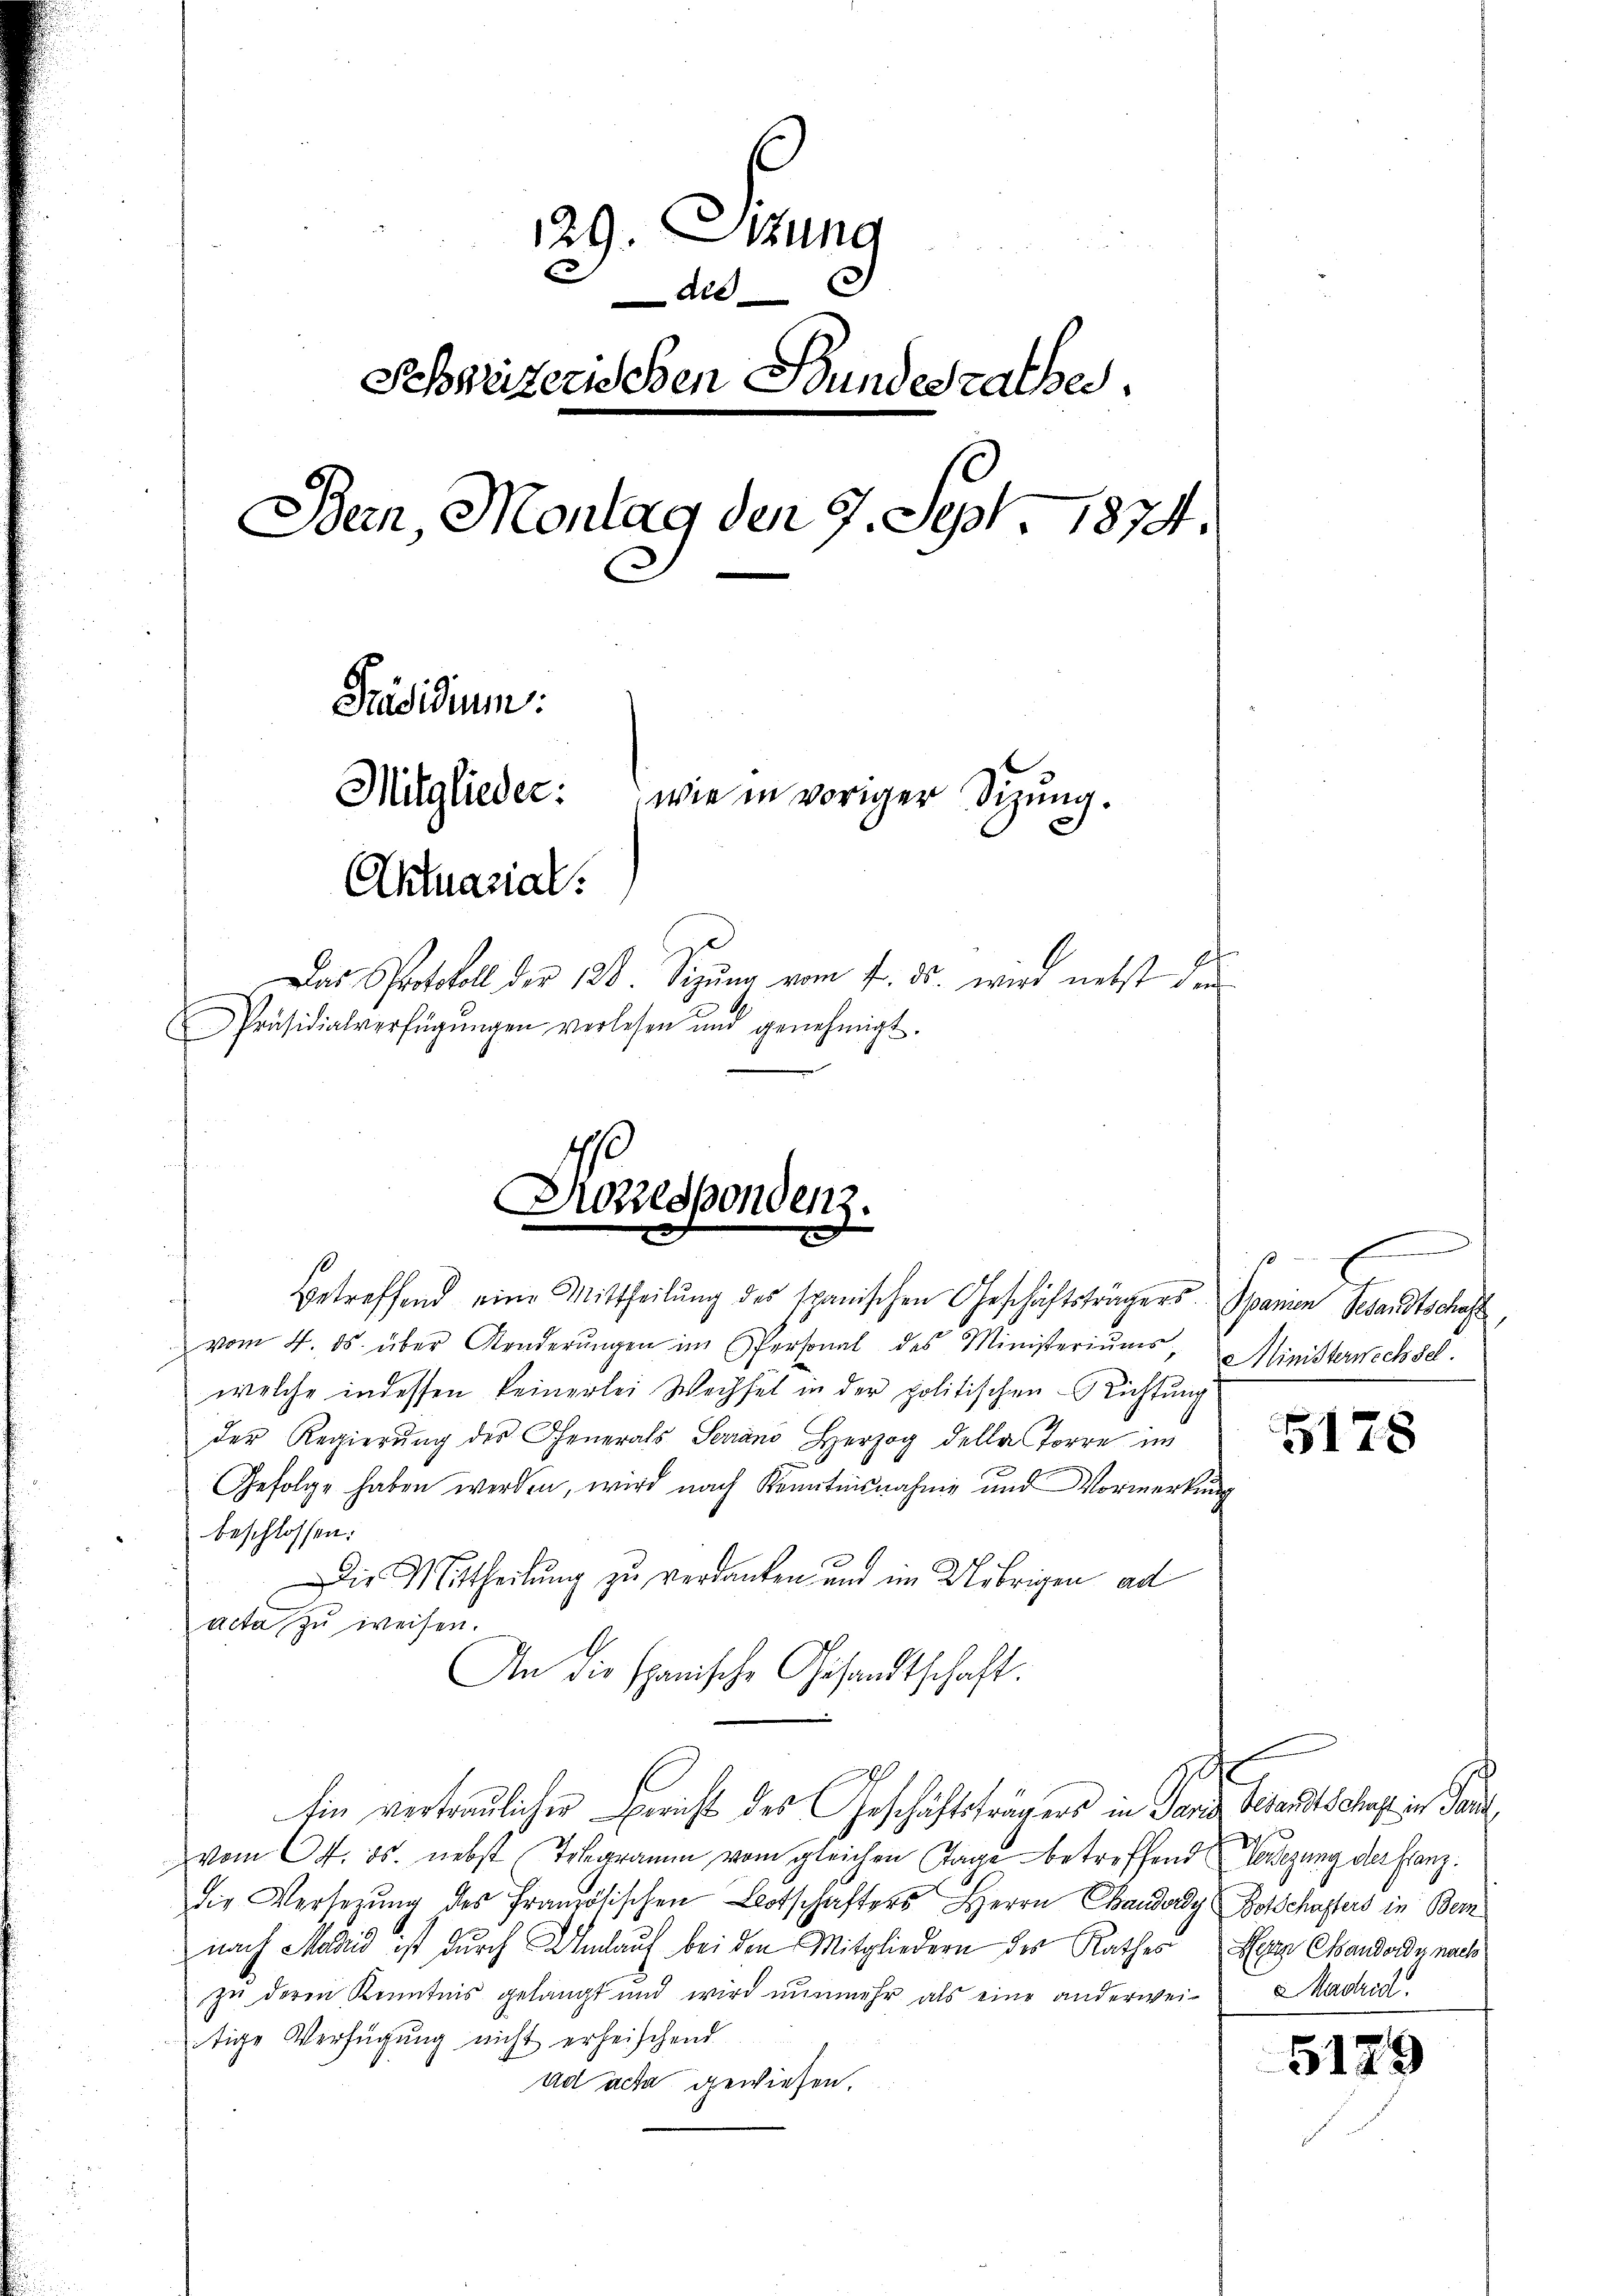
129. Sitzung
n
di
Schweizerischen Bundesrathes.
Bern, Montag den 7. Sept. 1874.
Präsidium
Mitglieder: wie in voriger Schŭng.
Aktuarial.
Das Protokoll der 128. Sezung vom 7. ds. wird nebst der
Präsidialverfügŭngen verlesen und genehmigt.

Konespondenz.
Betreffend eine Mittheilŭng des spanischen Geschäftsträgers. Spanien Gesandtschaft

vom 4. ds. über Kinderŭngen im Personal des Ministeriums, Ministerwechsel.
welche indessen keinerlei Wechsel in der politischen Richtung
der Regierŭng des Chenerals Serian Herzog della Forre im
Gefolge haben werden, wird nach Kenntnisnahme und Vormerkung
beschlossen:
Die Mittheilung zu verdanken und im Uebrigen ad
acta zu weisen.
An die spanische Gesandtschaft.
d
Ein vertraulicher Bericht des Geschäftsträgers in Sand, Gesandtschaft in Tan
vom 4. ds. nebst Telegramm vom gleichen Tage betreffend Verlegung der Franz.
die Versetzŭng des französischen Botschafters Herrn Baudry Botschafters in Bem
nach Madrid ist durch Umlauf bei den Mitgliedern der Rathes Herr Candordy nach
zu deren Kenntnis gelangt und wird nunmehr als eine anderwei- Madrid.
tige Verfügung nicht erheischend
ad acta gewiesen.

5178

5129